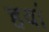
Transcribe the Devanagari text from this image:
हवां